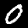
Digit: 0